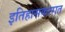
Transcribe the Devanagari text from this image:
इतिहासकारात